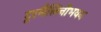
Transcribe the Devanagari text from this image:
टूरमैलिनीभवन